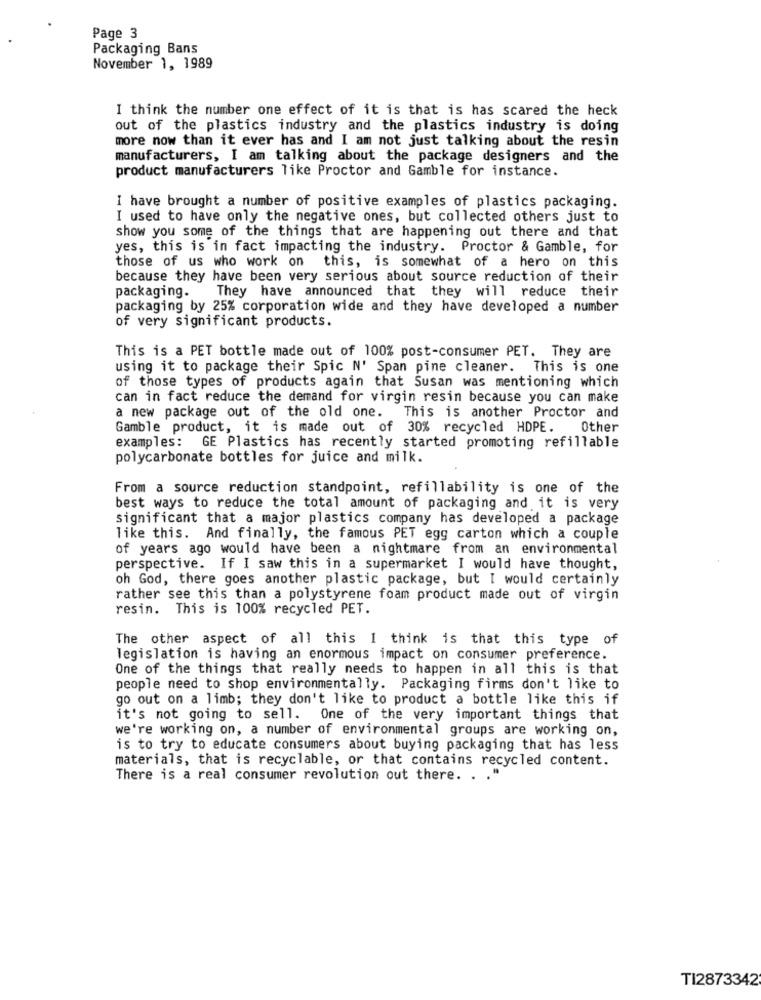
Page 3
Packaging Bans
November 1, 1989
I think the number one effect of it is that is has scared the heck
out of the plastics industry and the plastics industry is doing
more now than it ever has and I am not just talking about the resin
manufacturers, I am talking about the package designers and the
product manufacturers like Proctor and Gamble for instance.
I have brought a number of positive examples of plastics packaging.
I used to have only the negative ones, but collected others just to
show you some of the things that are happening out there and that
yes, this is in fact impacting the industry. Proctor & Gamble, for
those of us who work on this, is somewhat of a hero on this
because they have been very serious about source reduction of their
They have announced that they will reduce their
packaging.
packaging by 25% corporation wide and they have developed a number
of very significant products.
This is a PET bottle made out of 100% post-consumer PET. They are
using it to package their Spic N' Span pine cleaner. This is one
of those types of products again that Susan was mentioning which
can in fact reduce the demand for virgin resin because you can make
This is another Proctor and
a new package out of the old one.
Gamble product, it is made out of 30% recycled HDPE.
Other
examples: GE Plastics has recently started promoting refillable
polycarbonate bottles for juice and milk.
From a source reduction standpoint, refillability is one of the
best ways to reduce the total amount of packaging and it is very
significant that a major plastics company has developed a package
like this. And finally, the famous PET egg carton which a couple
of years ago would have been a nightmare from an environmental
perspective. If I saw this in a supermarket I would have thought,
oh God, there goes another plastic package, but I would certainly
rather see this than a polystyrene foam product made out of virgin
resin. This is 100% recycled PET.
The other aspect of all this I think is that this type of
legislation is having an enormous impact on consumer preference.
One of the things that really needs to happen in all this is that
people need to shop environmentally. Packaging firms don't like to
go out on a limb; they don't like to product a bottle like this if
it's not going to sell. One of the very important things that
we're working on, a number of environmental groups are working on,
is to try to educate consumers about buying packaging that has less
materials, that is recyclable, or that contains recycled content.
There is a real consumer revolution out there. . . "
TI2873342